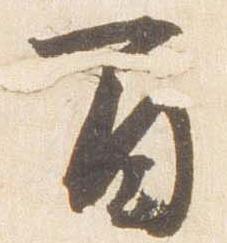
間